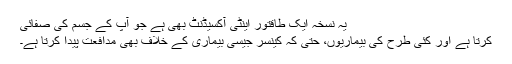
یہ نسخہ ایک طاقتور اینٹی آکسیڈنٹ بھی ہے جو آپ کے جسم کی صفائی
کرتا ہے اور کئی طرح کی بیماریوں، حتیٰ کہ کینسر جیسی بیماری کے خلاف بھی مدافعت پیدا کرتا ہے۔